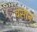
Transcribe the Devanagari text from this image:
वसानं